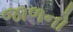
જાળનો